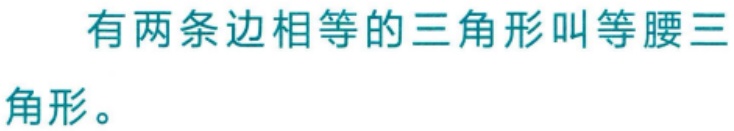
有两条边相等的三角形叫等腰三角形。